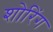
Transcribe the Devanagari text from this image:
शोरिंग